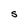
Character: s